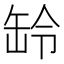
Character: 䍅